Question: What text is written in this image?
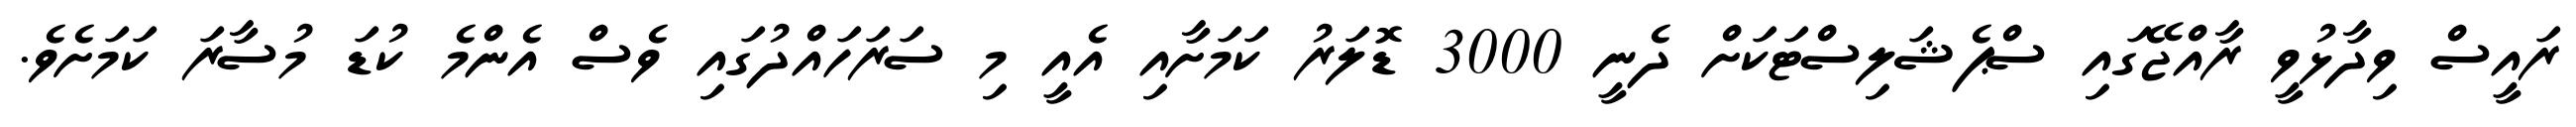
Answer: ރައީސް ވިދާޅުވީ ރާއްޖޭގައި ސްޕެޝަލިސްޓަކަށް ދެނީ 3000 ޑޮލަރު ކަމަށާއި އެއީ މި ސަރަހައްދުގައި ވެސް އެންމެ ކުޑަ މުސާރަ ކަމަށެވެ.